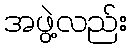
အဖွဲ့လည်း